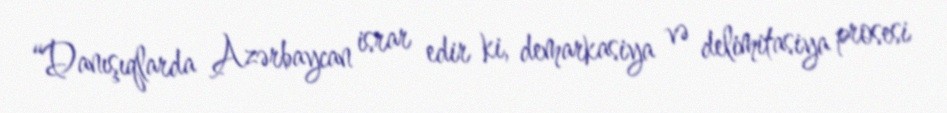
“Danışıqlarda Azərbaycan israr edir ki, demarkasiya və delimitasiya prosesi